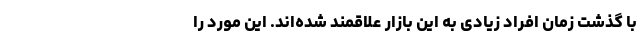
با گذشت زمان افراد زیادی به این بازار علاقمند شده‌اند. این مورد را